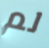
لم